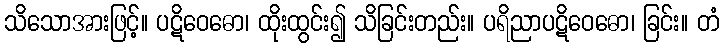
သိသောအားဖြင့်။ ပဋိဝေဓော၊ ထိုးထွင်း၍ သိခြင်းတည်း။ ပရိညာပဋိဝေဓော၊ ခြင်း။ တံ